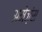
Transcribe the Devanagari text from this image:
अमेज़ंस